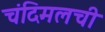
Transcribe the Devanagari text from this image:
चंदिमलची